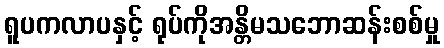
ရူပကလာပနှင့် ရုပ်ကိုအန္တိမသဘောဆန်းစစ်မှု